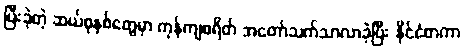
ပြီးခဲ့တဲ့ ဆယ်စုနှစ်တွေမှာ ကုန်ကျစရိတ် အတော်သက်သာလာခဲ့ပြီး နိုင်ငံတကာ